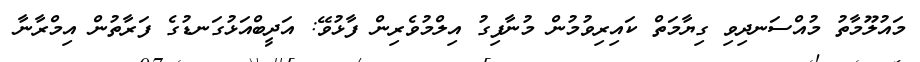
މައުލޫމާތު މުއްސަނދިވި ގިޔާމަތް ކައިރިވުމުން މުނާފިގު އިލްމުވެރިން ފާޅުވޭ: އަދީބްއަޅުގަނޑުގެ ފަރާތުން އިމްރާނާ